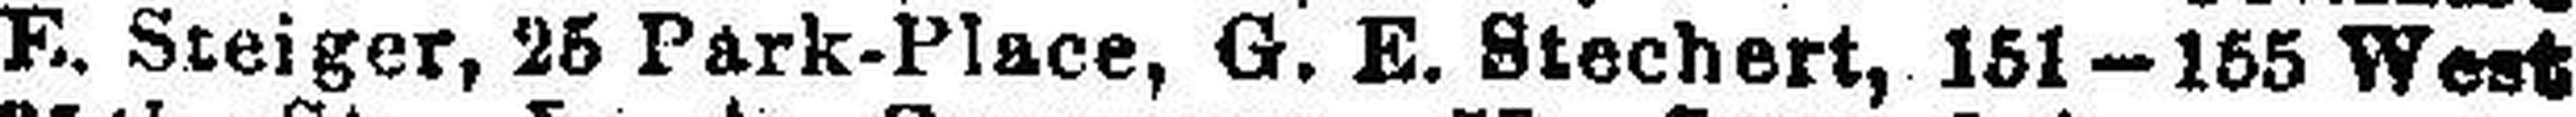
F. Steiger, 25 Park-PIace, G. E. Stechert, 151—155 West